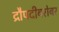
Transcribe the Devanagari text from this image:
द्रौपदीबरोबर